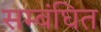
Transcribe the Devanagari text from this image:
सम्बंघित